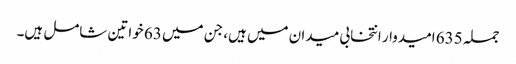
جملہ 635 امیدوار انتخابی میدان میں ہیں، جن میں 63 خواتین شامل ہیں۔